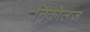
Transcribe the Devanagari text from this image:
निकोलज